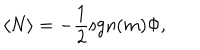
LaTeX: \langle N \rangle = - { \frac { 1 } { 2 } } \mathrm { s g n } ( m ) \Phi ,